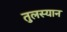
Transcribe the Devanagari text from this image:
तुलस्यान